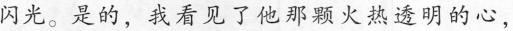
闪光。是的，我看见了他那颗火热透明的心，